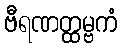
ဗီရဏတ္ထမ္ဗကံ